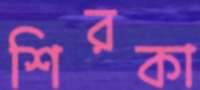
শিরকা